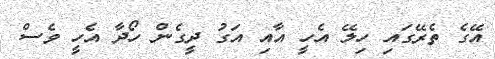
އޭގެ ތެރޭގައި ހިލޭ އެހީ އާއި އަގު ދީގެން ހޯދާ އެހީ ވެސް